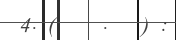
4. (    .   ) :